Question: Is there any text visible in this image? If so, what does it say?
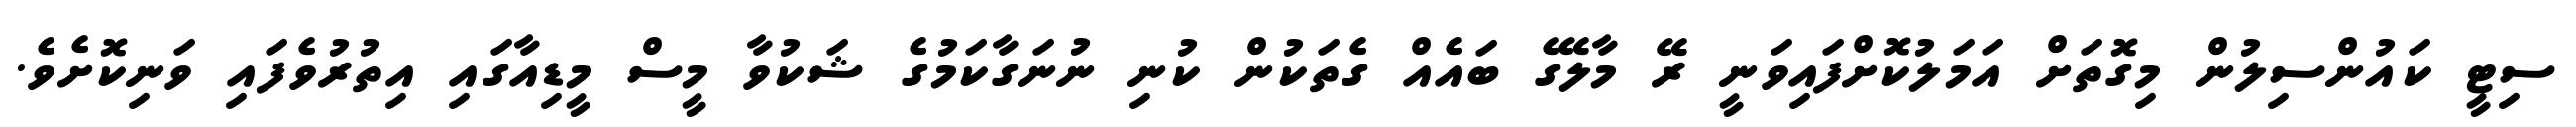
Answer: ސިޓީ ކައުންސިލުން މިގޮތަށް އަމަލުކޮށްފައިވަނީ ރޭ މާލޭގެ ބައެއް ގެތަކުން ކުނި ނުނަގާކަމުގެ ޝަކުވާ މީސް މީޑިއާގައި އިތުރުވެފައި ވަނިކޮށެވެ.